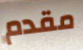
مقدم